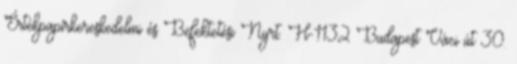
Értékpapírkereskedelmi és Befektetési Nyrt. H-1132 Budapest Váci út 30.